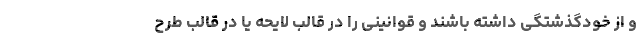
و از خودگذشتگی داشته باشند و قوانینی را در قالب لایحه یا در قالب طرح